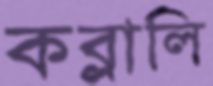
কব্‌লালি